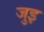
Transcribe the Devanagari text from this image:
जुइ